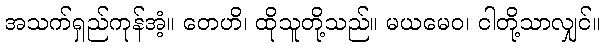
အသက်ရှည်ကုန်အံ့။ တေဟိ၊ ထိုသူတို့သည်။ မယမေဝ၊ ငါတို့သာလျှင်။